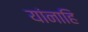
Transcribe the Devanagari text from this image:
यांनाहि